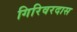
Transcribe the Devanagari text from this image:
गिरिवरदास